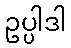
ဥပ္ပါဒါ